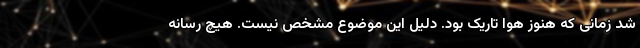
شد زمانی که هنوز هوا تاریک بود. دلیل این موضوع مشخص نیست. هیچ رسانه